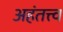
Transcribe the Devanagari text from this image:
अहंतत्त्व